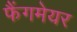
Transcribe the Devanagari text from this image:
फैंगमेयर